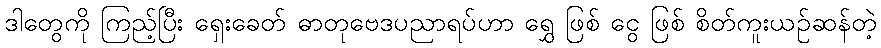
ဒါတွေကို ကြည့်ပြီး ရှေးခေတ် ဓာတုဗေဒပညာရပ်ဟာ ရွှေ ဖြစ် ငွေ ဖြစ် စိတ်ကူးယဉ်ဆန်တဲ့